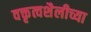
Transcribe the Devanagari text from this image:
वक्तृत्वशैलीच्या